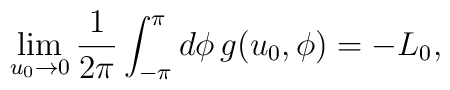
\lim_{u_0\rightarrow 0}\frac{1}{2\pi}\int_{-\pi}^\pi d\phi\,g(u_0,\phi)=-L_0,